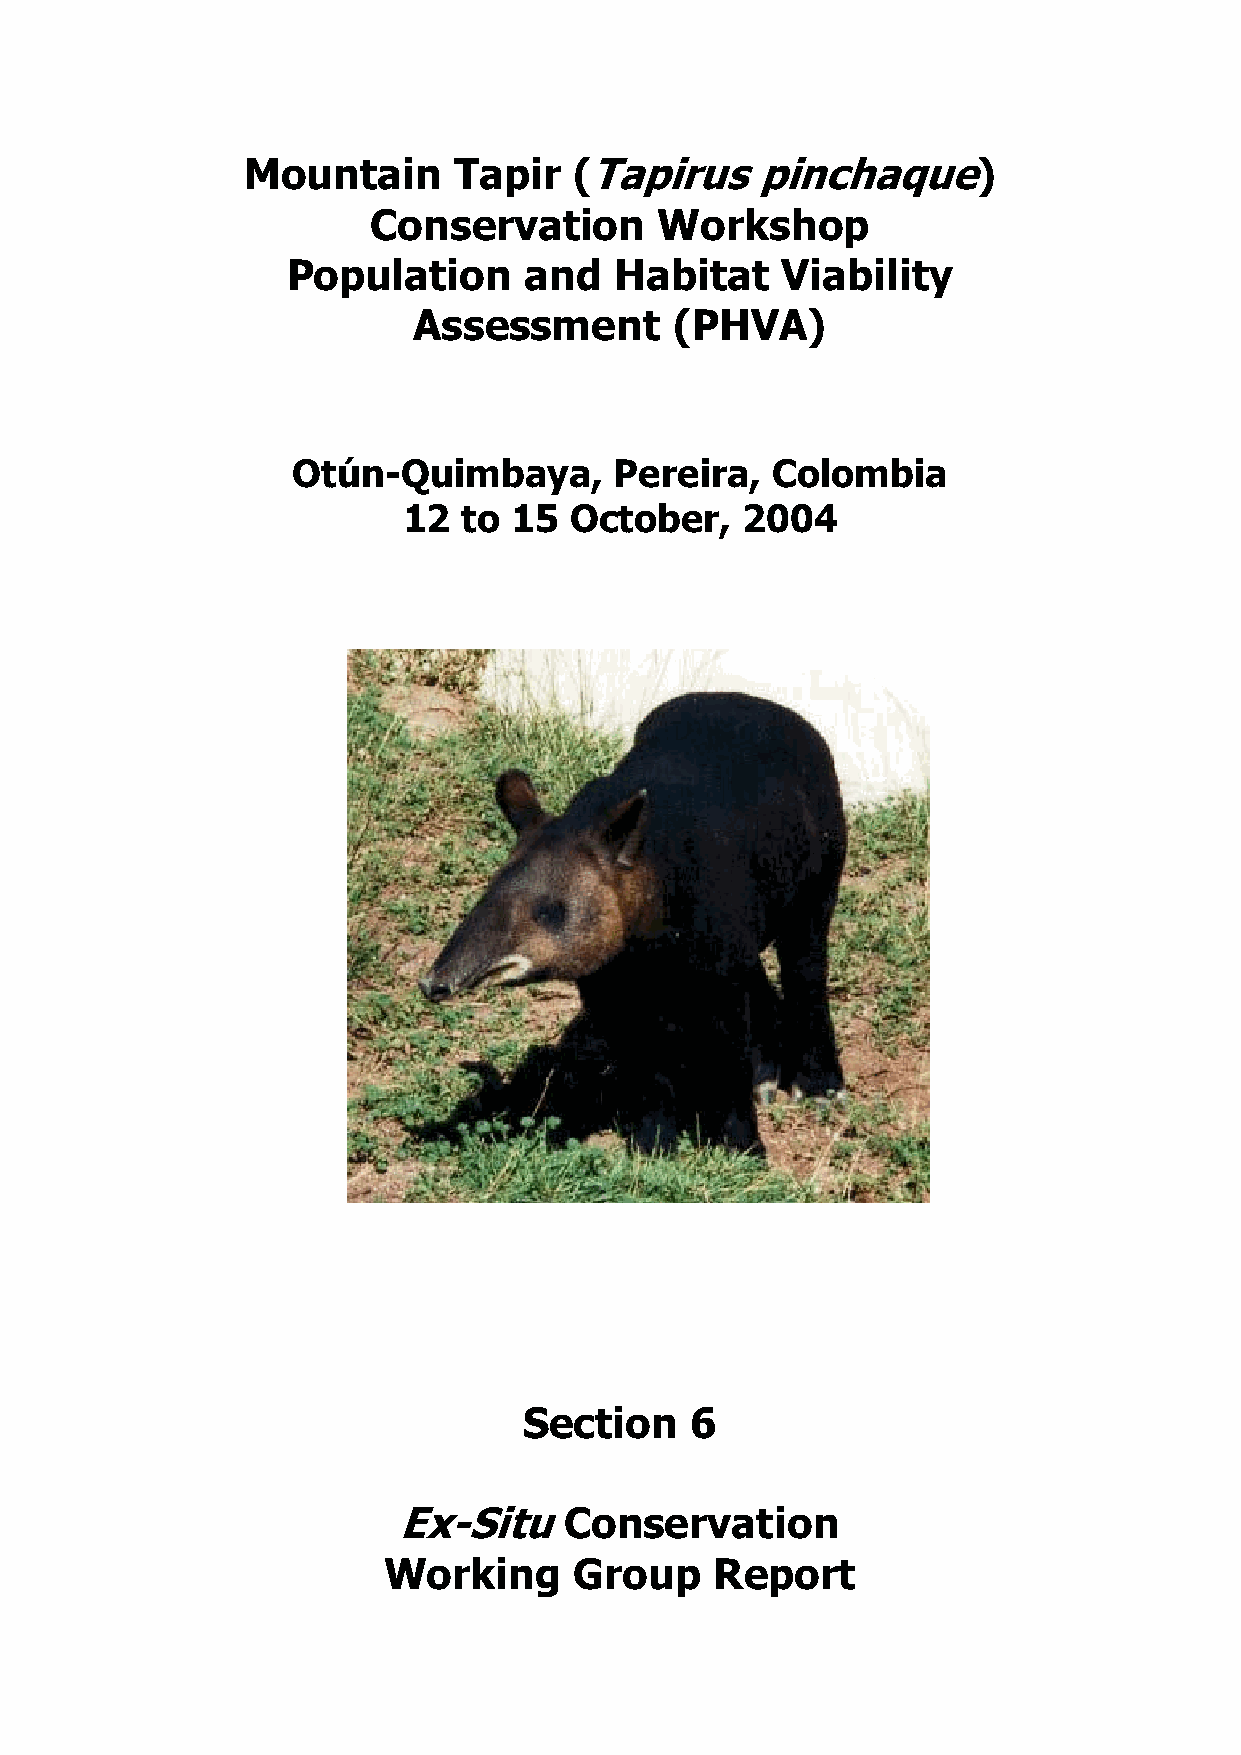
Mountain      Tapir   (Tapirus    pinchaque)
 Conservation       Workshop
 Population      and   Habitat    Viability
 Assessment        (PHVA)
 Otún-Quimbaya,        Pereira,  Colombia
 12  to 15  October,   2004
 Section    6
 Ex-Situ    Conservation
 Working      Group    Report